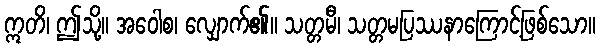
ဣတိ၊ ဤသို့။ အဝေါစ၊ လျှောက်၏။ သတ္တမီ၊ သတ္တမပြဿနာကြောင့်ဖြစ်သော။